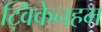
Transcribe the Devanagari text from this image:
ट्विकेनहम